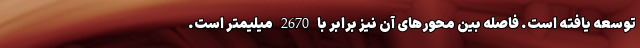
توسعه یافته است. فاصله بین محورهای آن نیز برابر با 2670 میلیمتر است.